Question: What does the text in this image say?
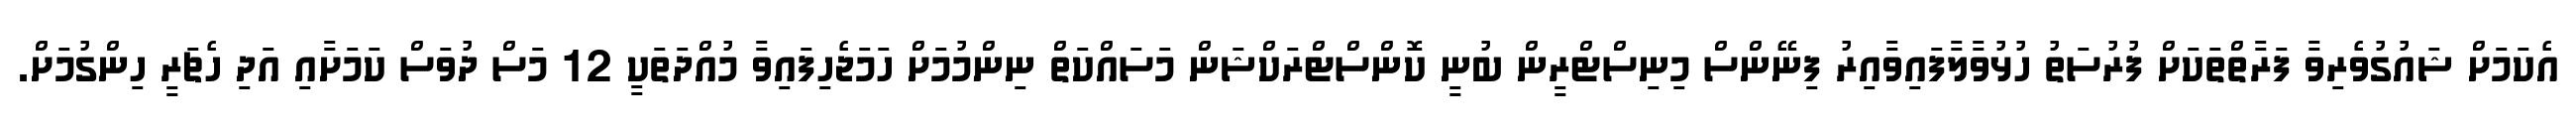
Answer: އެކަމަށް ޝައުގުވެރިވާ ފަރާތްތަކަށް ފުރުސަތު ހުޅުވާލާފައިވާއިރު ފިނޭންސް މިނިސްޓްރީން ބުނީ ކޮންސްޓްރަކްޝަން މަސައްކަތް ނިންމުމަށް ހަމަޖެހިފައިވާ މުއްދަތަކީ 12 މަސް ދުވަސް ކަމަށާއި އަދި ހެޗަރީ ހިންގުމަށް.